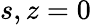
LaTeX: s,z=0